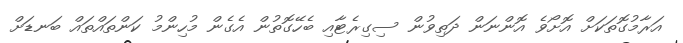
އަރާމުގޮތަކަށް އޮށޯވެ އޮންނަން ދަތިވުން ސިގިރެޓާއި ބެހޭގޮތުން އެގެން މުހިންމު ކަންތައްތައް ބަނޑަށް